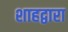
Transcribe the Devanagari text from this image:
शाहद्वारा